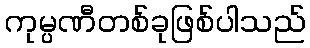
ကုမ္ပဏီတစ်ခုဖြစ်ပါသည်